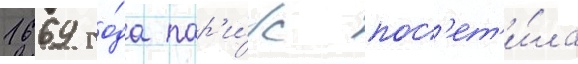
1669 го́да пар'и́ж пос'ет'и́ла